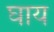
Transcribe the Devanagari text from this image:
घाय